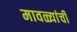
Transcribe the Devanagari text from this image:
मावळ्यांची